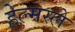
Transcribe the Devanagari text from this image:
हेल्मस्ले